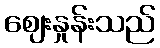
ဈေးနှုန်းသည်